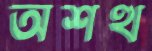
অশত্থ